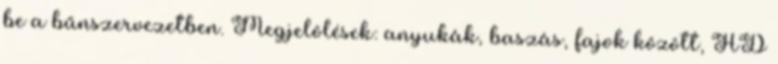
be a bűnszervezetben. Megjelölések: anyukák, baszás, fajok között, HD